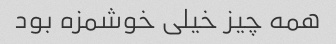
همه چیز خیلی خوشمزه بود